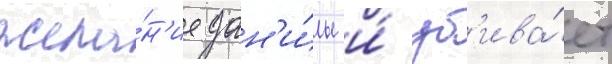
жела́н'ие дан'и́лы и́ уб'ива́ет